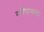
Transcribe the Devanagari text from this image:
गरियाबन्द।